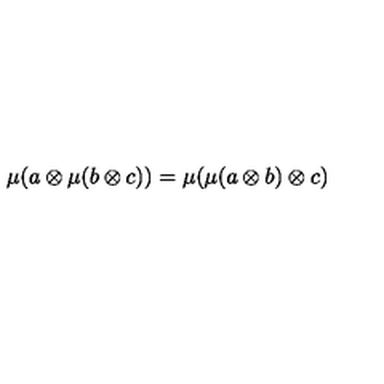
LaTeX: \mu ( a \otimes \mu ( b \otimes c ) ) = \mu ( \mu ( a \otimes b ) \otimes c )